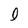
Character: l